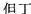
但丁